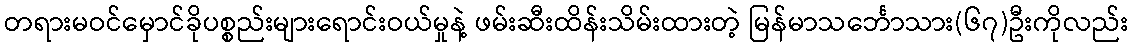
တရားမဝင်မှောင်ခိုပစ္စည်းများရောင်းဝယ်မှုနဲ့ ဖမ်းဆီးထိန်းသိမ်းထားတဲ့ မြန်မာသင်္ဘောသား(၆၇)ဦးကိုလည်း